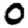
Digit: 0